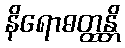
နိရောဓတ္ထန္တိ